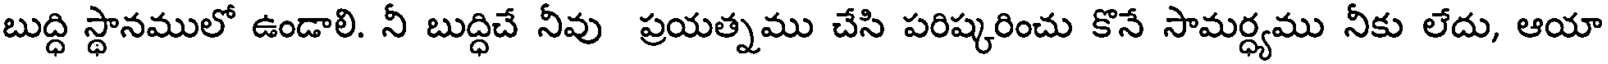
బుద్ధి స్థానములో ఉండాలి. నీ బుద్ధిచే నీవు ప్రయత్నము చేసి పరిష్కరించు కొనే సామర్ధ్యము నీకు లేదు, ఆయా